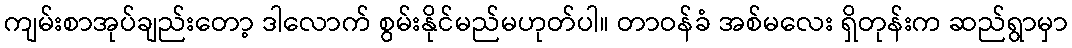
ကျမ်းစာအုပ်ချည်းတော့ ဒါလောက် စွမ်းနိုင်မည်မဟုတ်ပါ။ တာဝန်ခံ အစ်မလေး ရှိတုန်းက ဆည်ရွာမှာ